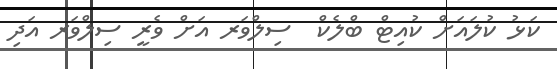
ކަޅު ކުލައަށް ކުއިޓް ބްލެކް  ސިލްވަރ އަށް ވެރީ ސިލްވަރ އަދި